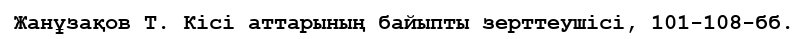
Жанұзақов Т. Кісі аттарының байыпты зерттеушісі, 101-108-бб.